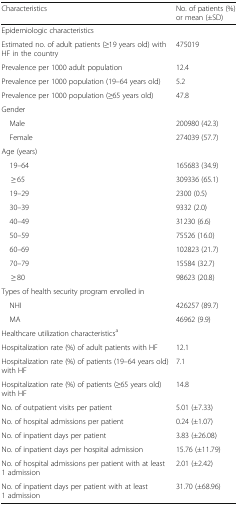
| Characteristics | No. of patients (%) or mean (±SD) |
 | --- | --- |
 | <COLSPAN=2> Epidemiologic characteristics |
 | Estimated no. of adult patients (≥19 years old) with HF in the country | 475019 |
 | Prevalence per 1000 adult population | 12.4 |
 | Prevalence per 1000 population (19–64 years old) | 5.2 |
 | Prevalence per 1000 population (≥65 years old) | 47.8 |
 | Gender |  |
 | Male | 200980 (42.3) |
 | Female | 274039 (57.7) |
 | Age (years) |  |
 | 19–64 | 165683 (34.9) |
 | ≥ 65 | 309336 (65.1) |
 | 19–29 | 2300 (0.5) |
 | 30–39 | 9332 (2.0) |
 | 40–49 | 31230 (6.6) |
 | 50–59 | 75526 (16.0) |
 | 60–69 | 102823 (21.7) |
 | 70–79 | 15584 (32.7) |
 | ≥ 80 | 98623 (20.8) |
 | Types of health security program enrolled in |  |
 | NHI | 426257 (89.7) |
 | MA | 46962 (9.9) |
 | <COLSPAN=2> Healthcare utilization characteristicsa |
 | Hospitalization rate (%) of adult patients with HF | 12.1 |
 | Hospitalization rate (%) of patients (19–64 years old) with HF | 7.1 |
 | Hospitalization rate (%) of patients (≥65 years old) with HF | 14.8 |
 | No. of outpatient visits per patient | 5.01 (±7.33) |
 | No. of hospital admissions per patient | 0.24 (±1.07) |
 | No. of inpatient days per patient | 3.83 (±26.08) |
 | No. of inpatient days per hospital admission | 15.76 (±11.79) |
 | No. of hospital admissions per patient with at least 1 admission | 2.01 (±2.42) |
 | No. of inpatient days per patient with at least 1 admission | 31.70 (±68.96) |